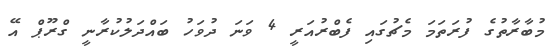
މުބާރާތުގެ ފުރަތަމަ މެޗުގައި ފެބްރުއަރީ 4 ވަނަ ދުވަހު ބައްދަލުކުރާނީ ގްރޫޕް އޭ